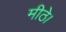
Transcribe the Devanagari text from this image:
मीठे।